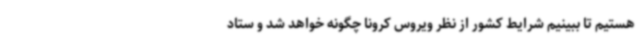
هستیم تا ببینیم شرایط کشور از نظر ویروس کرونا چگونه خواهد شد و ستاد